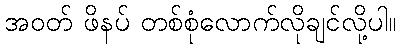
အဝတ် ဖိနပ် တစ်စုံလောက်လိုချင်လို့ပါ။